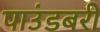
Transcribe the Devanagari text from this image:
पाउंडबरी